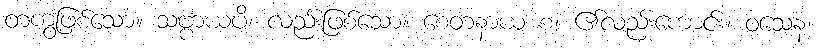
တကွဖြစ်သော။ သဗ္ဗာယပိ၊ လည်းဖြစ်သော။ စေတနာယ စ၊ ၏လည်းကောင်း။ ဝသေန၊